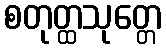
စတုတ္ထသုတ္တေ